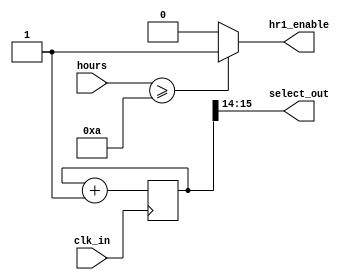
`timescale 1ns / 1ps

// For 7-segment display clock
// Authored by David J Marion

module seg_control(
    input clk_in,
    input [3:0] hours,
    output hr1_enable,
    output [1:0] select_out
    );
    
    reg [15:0] select_counter = 0;
    
    always @(posedge clk_in) begin
        select_counter <= select_counter + 1;
    end
    
    assign select_out = select_counter[15:14];
    assign hr1_enable = (hours >= 10) ? 1 : 0;
    
endmodule